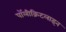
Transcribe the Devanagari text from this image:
पॉलीक्रिटलाइन